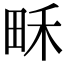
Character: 𤱛